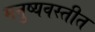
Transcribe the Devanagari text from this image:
मनुष्यवस्तीत